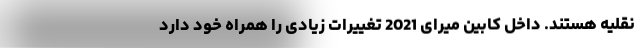
نقلیه هستند. داخل کابین میرای 2021 تغییرات زیادی را همراه خود دارد